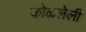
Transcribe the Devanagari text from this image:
कोळलेली